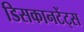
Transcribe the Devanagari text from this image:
डिसकानटेंट्स